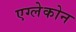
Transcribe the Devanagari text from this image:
एग्लेकोन